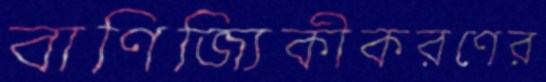
বাণিজ্যিকীকরণের